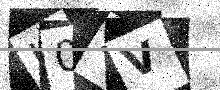
Text: U04V